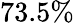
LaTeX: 73.5\%